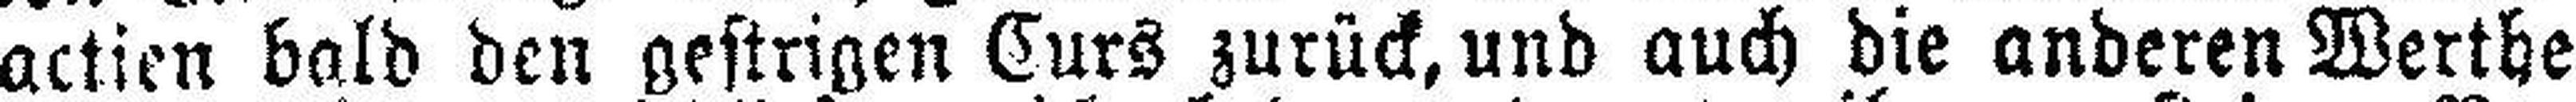
actien bald den gestrigen Eurs zurück, und auch die anderen Werthe